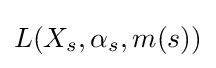
L(X_{s},\alpha _{s},m(s))